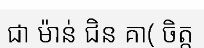
ជា ម៉ាន់ ជិន គា( ចិត្ត